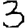
Digit: 3